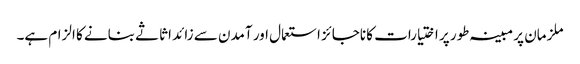
ملزمان پر مبینہ طور پر اختیارات کا ناجائز استعمال اور آمدن سے زائد اثاثے بنانے کا الزام ہے۔